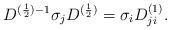
LaTeX: \begin{align*}D^{(\frac{1}{2})-1}{\sigma}_jD^{(\frac{1}{2})}={\sigma}_iD^{(1)}_{ji}.\end{align*}